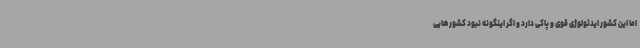
اما این کشور ایدئولوژی قوی و پاکی دارد و اگر اینگونه نبود کشورهایی